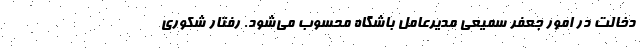
دخالت در امور جعفر سمیعی مدیرعامل باشگاه محسوب می‌شود. رفتار شکوری